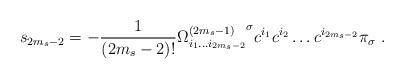
LaTeX: \begin{align*}s_{2m_s-2} = -\frac{1}{(2m_s-2)!} {\Omega^{(2m_s-1)}_{i_1 \ldots i_{2m_s-2}}}^\sigma c^{i_1} c^{i_2} \ldots c^{i_{2m_s-2}} \pi_{\sigma}\, \, .\end{align*}